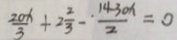
\frac { 2 0 x } { 3 } + 2 \frac { 2 } { 3 } - \cdot \frac { 1 4 - 3 0 x } { 2 } = 0